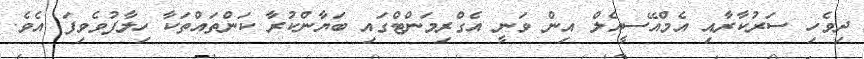
ދިވެހި ސަރުކާރާއި އެމްއޭސީއެލް އިން ވަނީ އެގްރިމަންޓްގައި ބަޔާންކުރާ ކަންތައްތަކާ ހިލާފުވެވިފަ އެވެ.